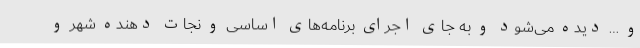
و … دیده می‌شود و به جای اجرای برنامه‌های اساسی و نجات دهنده شهر و